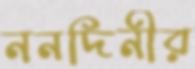
ননদিনীর